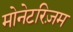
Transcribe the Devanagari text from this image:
मोनेटरिज़म